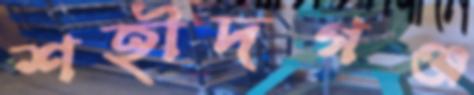
শহীদগঞ্জ